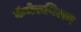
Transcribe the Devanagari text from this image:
कॅमेरूनिअन